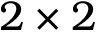
2 \times 2